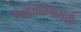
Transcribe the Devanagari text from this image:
पिळगांवकरांनी